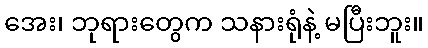
အေး၊ ဘုရားတွေက သနားရုံနဲ့ မပြီးဘူး။